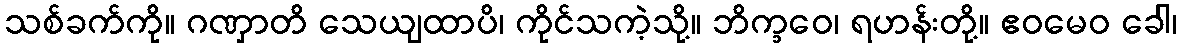
သစ်ခက်ကို။ ဂဏှာတိ သေယျထာပိ၊ ကိုင်သကဲ့သို့။ ဘိက္ခဝေ၊ ရဟန်းတို့။ ဧဝမေဝ ခေါ၊